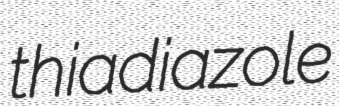
thiadiazole